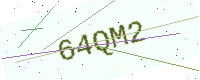
Text: 64QM2